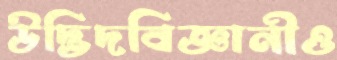
উদ্ভিদবিজ্ঞানীও